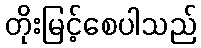
တိုးမြင့်စေပါသည်